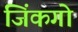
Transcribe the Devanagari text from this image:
जिंकगो